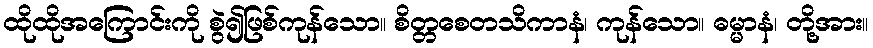
ထိုထိုအကြောင်းကို စွဲ၍ဖြစ်ကုန်သော။ စိတ္တစေတသိကာနံ၊ ကုန်သော။ ဓမ္မာနံ၊ တို့အား။